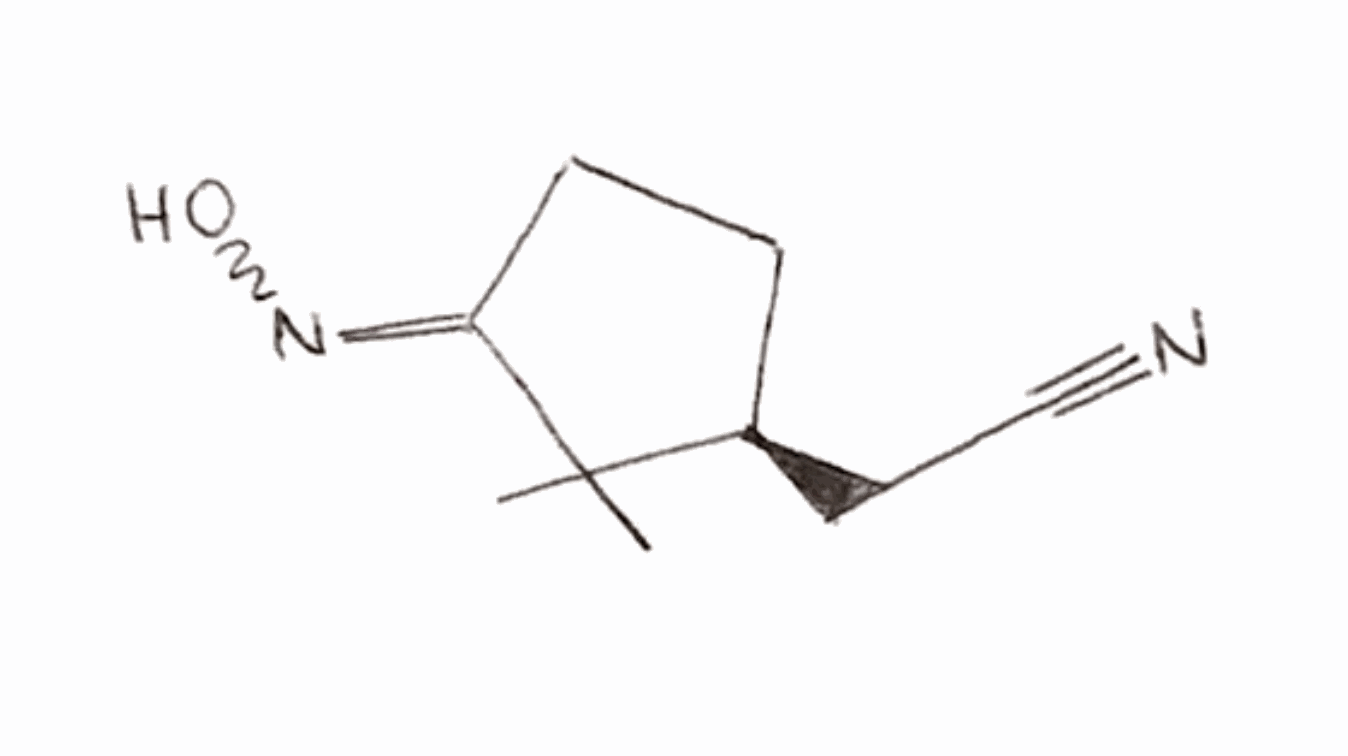
Simplified molecular-input line-entry system (SMILES) notation of the given molecule:
CC\1([C@@H](CC/C1=N\O)CC#N)C